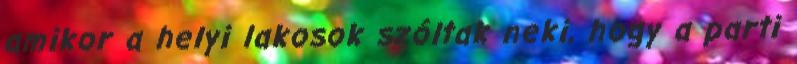
amikor a helyi lakosok szóltak neki, hogy a parti